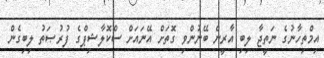
އިމްތިހާނުގެ ނަތީޖާ ލިބި އާރީން ބޭނުންވި ގޮތަށް އޭނައަށް ސްކޮލާޝިޕްގެ ފުރުޞަތު ލިބިގެން